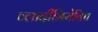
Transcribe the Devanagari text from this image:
व्लादीमिरोविच